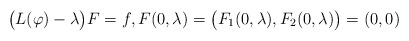
\begin{align*}\big(L(\varphi) -\lambda\big)F= f,F(0,\lambda) = \big(F_1(0,\lambda),F_2(0,\lambda)\big)=(0,0)\end{align*}